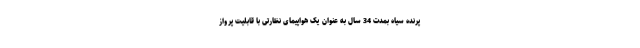
پرنده سیاه بمدت 34 سال به عنوان یک هواپیمای نظارتی با قابلیت پرواز